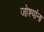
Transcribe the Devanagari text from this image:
जोश्यांना